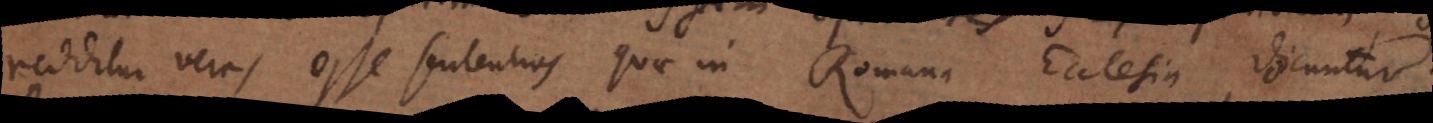
redditur veras esse sententias quae in Romana Ecclesia docuntur.